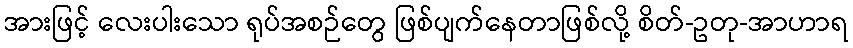
အားဖြင့် လေးပါးသော ရုပ်အစဉ်တွေ ဖြစ်ပျက်နေတာဖြစ်လို့ စိတ်-ဥတု-အာဟာရ